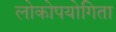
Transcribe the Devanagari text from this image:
लोकोपयोगिता